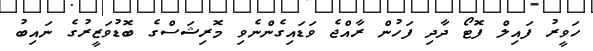
ހަވީރު ފައިލް ފޮޓޯ ދާދި ފަހުން ރާއްޖެ ވަޑައިގެންނެވި މޮރިޝަސްގެ ބޮޑުވަޒީރުގެ ނައިބު